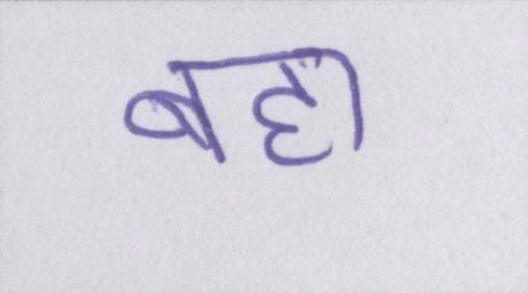
बहा